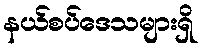
နယ်စပ်ဒေသများရှိ